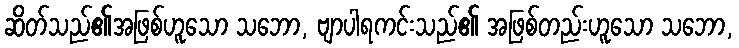
ဆိတ်သည်၏အဖြစ်ဟူသော သဘော, ဗျာပါရကင်းသည်၏ အဖြစ်တည်းဟူသော သဘော,